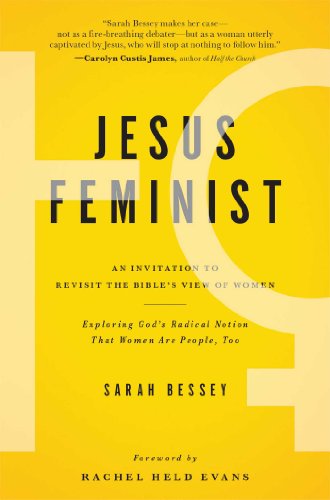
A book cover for Jesus Feminist: An Invitation to Revisit the Bible's View of Women; Sarah Bessey; Christian Books & Bibles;